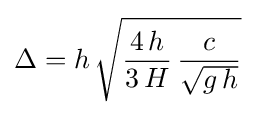
\Delta =h\,{\sqrt {{\frac {4\,h}{3\,H}}\,{\frac {c}{\sqrt {g\,h}}}}}